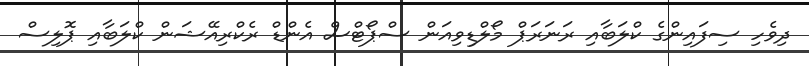
ދިވެހި ސިފައިންގެ ކްލަބާއި ރަނަރަޕް މޯލްޑިވިއަން ސްޕޯޓްސް އެންޑް ރެކްރިއޭޝަން ކްލަބާއި ޕޮލިސް